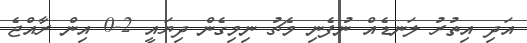
އަދި އިތުރު ލަނޑެއް ނުފެނި މެޗު ނިމިގެން ދިޔައީ 2-0 އިން ރާއްޖެ